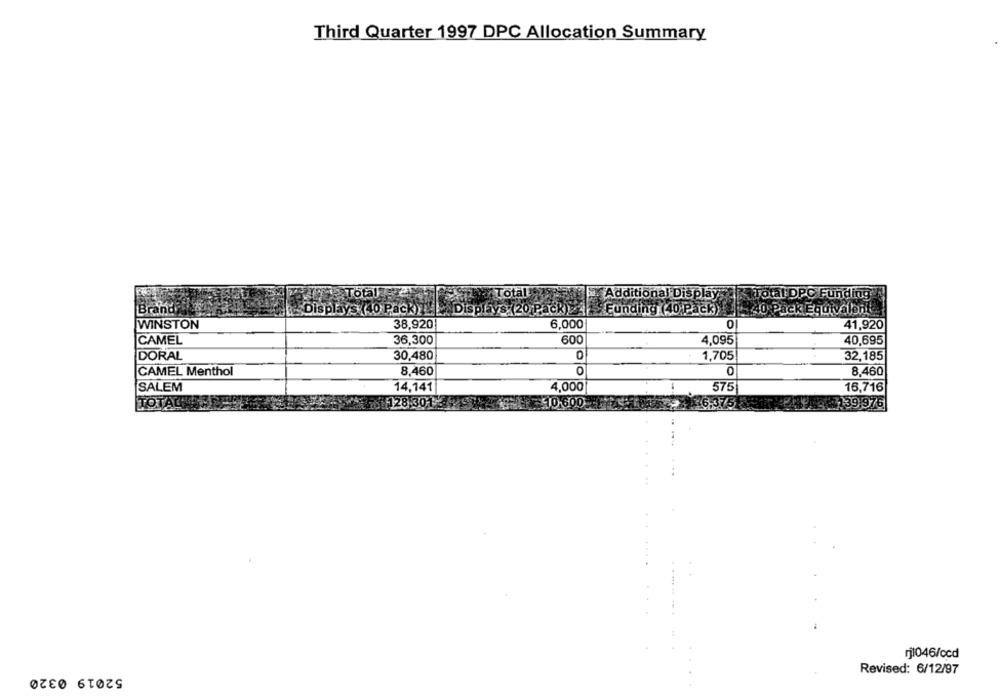
Third Quarter 1997 DPC Allocation Summary
Total
Total
Additional Display
Total DPC Funding
Brand
Displays (40 Pack) !!
Displays (20 Pack)
Funding (40 Pack)
40 Pack Equivalent
WINSTON
38,920
6,000
0
41,920
CAMEL
36,300
600
4,095
40,695
DORAL
30,480
1,705
32,185
CAMEL Menthol
8.460
O
0
8.460
SALEM
14,141
4,000
-
575
16,716
TOTACHES
128.3015
10-600
16.375
94139,976
rj1046/ccd
52019 0320
Revised: 6/12/97